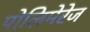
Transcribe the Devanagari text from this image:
पोलिमेरेज